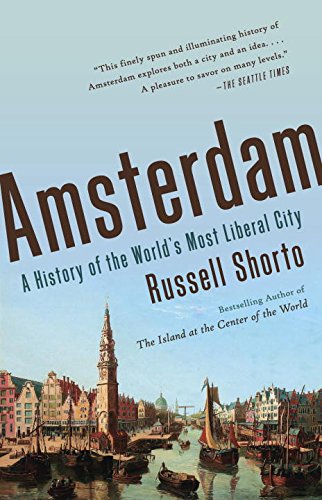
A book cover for Amsterdam: A History of the World's Most Liberal City; Russell Shorto; History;